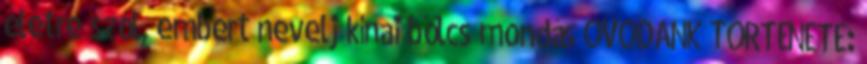
életre szól, embert nevelj kínai bölcs mondás ÓVODÁNK TÖRTÉNETE: